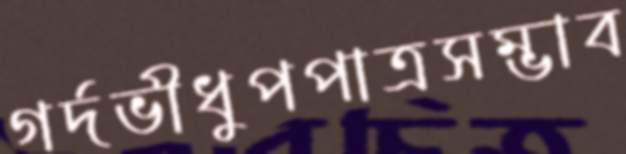
গর্দভীধুপপাত্রসম্ভাব